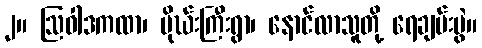
၂။ ဩဝါဒကထာ၊ မိုဃ်းကြီးရွာ၊ နောင်လာသူတို့ ရေချမ်းပွဲ။